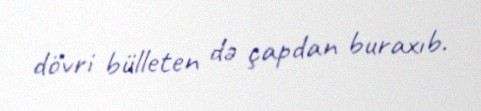
dövri bülleten də çapdan buraxıb.